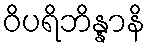
ဝိပရိဘိန္နာနိ